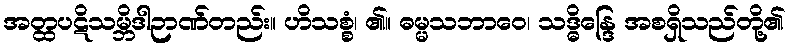
အတ္ထပဋိသမ္ဘိဒါဉာဏ်တည်း။ ဟိသစ္စံ၊ ၏။ ဓမ္မသဘာဝေ၊ သဒ္ဓိန္ဒြေ အစရှိသည်တို့၏